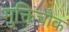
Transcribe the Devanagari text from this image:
मुक्तिचौक